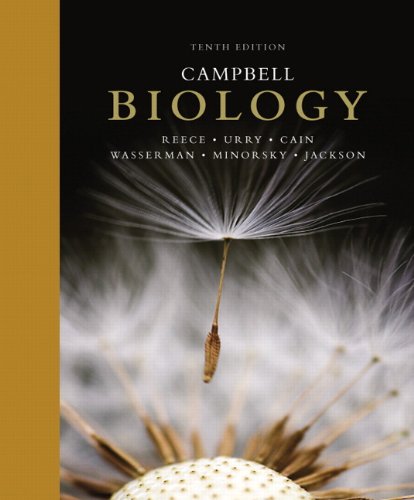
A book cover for Campbell Biology (10th Edition); Jane B. Reece; Science & Math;